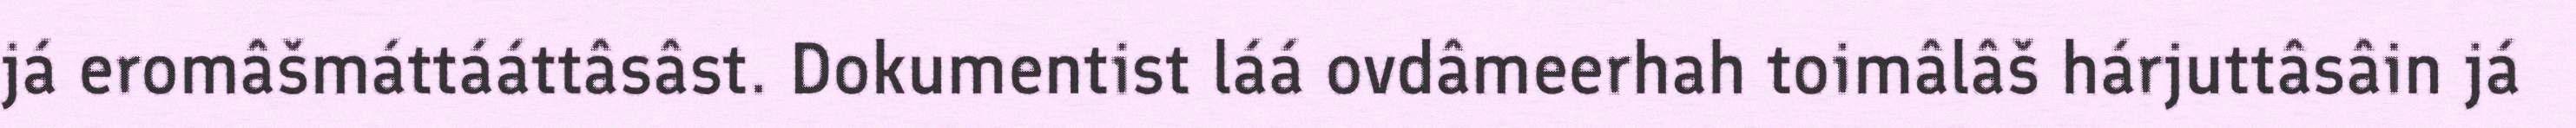
já eromâšmáttááttâsâst. Dokumentist láá ovdâmeerhah toimâlâš hárjuttâsâin já